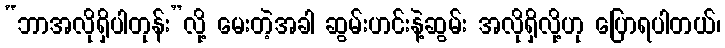
“ဘာအလိုရှိပါတုန်း”လို့ မေးတဲ့အခါ ဆွမ်းဟင်းနဲ့ဆွမ်း အလိုရှိလို့ဟု ပြောရပါတယ်၊